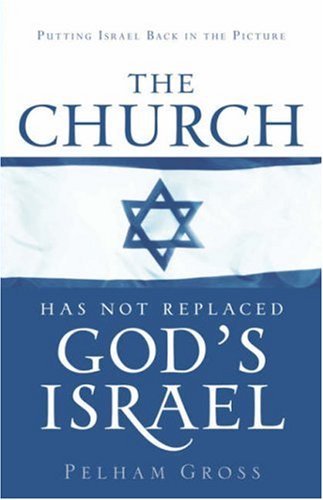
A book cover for The Church Has Not Replaced God's Israel; Pelham Gross; Christian Books & Bibles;